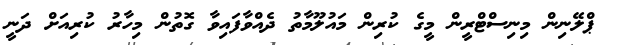
ޕްލޭނިން މިނިސްޓްރީން މީގެ ކުރިން މައުލޫމާތު ދެއްވާފައިވާ ގޮތުން މިހާރު ކުރިއަށް ދަނީ